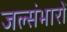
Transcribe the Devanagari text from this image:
जल्संभारों